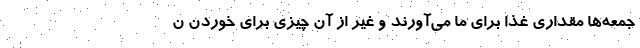
جمعه‌ها مقداری غذا برای ما می‌آورند و غیر از آن چیزی برای خوردن ن